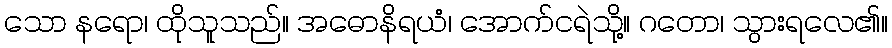
သော နရော၊ ထိုသူသည်။ အဓောနိရယံ၊ အောက်ငရဲသို့။ ဂတော၊ သွားရလေ၏။